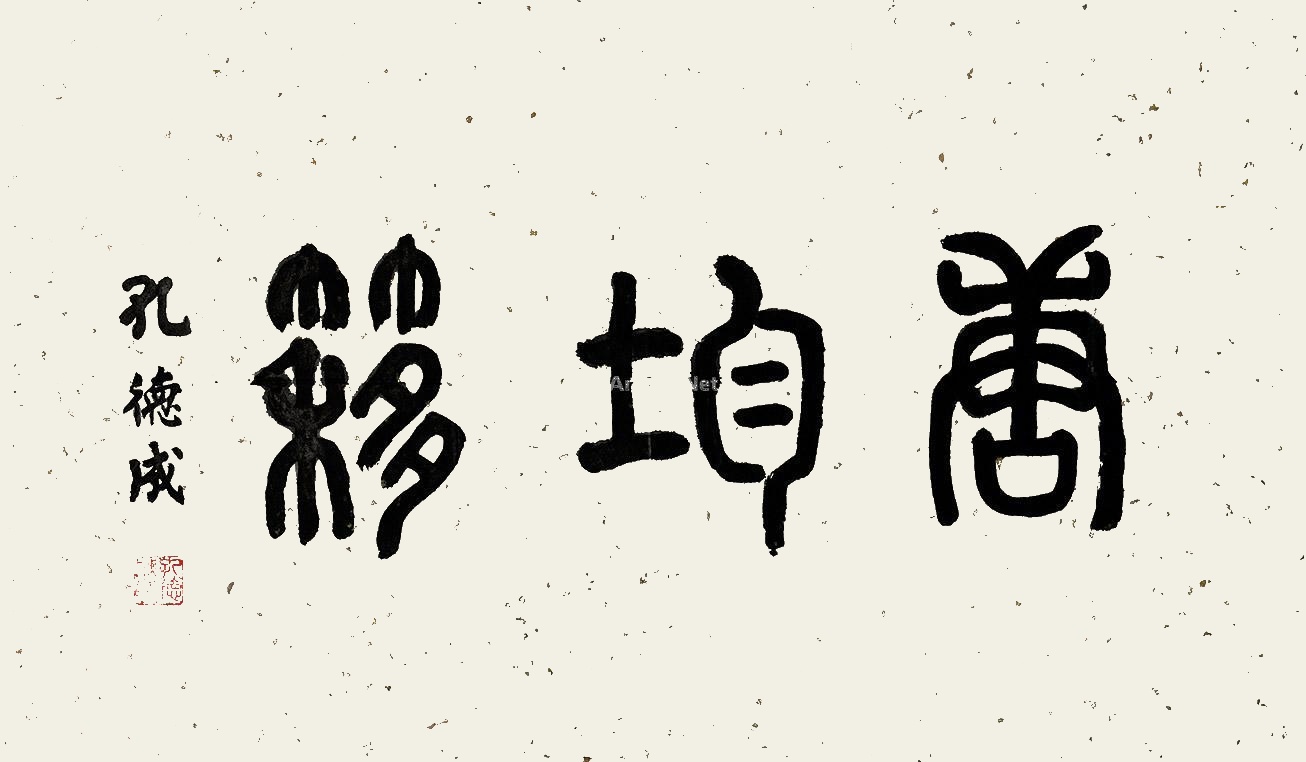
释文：唐均簃孔德成印